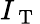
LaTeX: I_{\mathrm{~T~}}